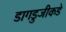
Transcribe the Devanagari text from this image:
डागडुजीकडे